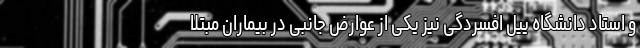
و استاد دانشگاه ییل افسردگی نیز یکی از عوارض جانبی در بیماران مبتلا